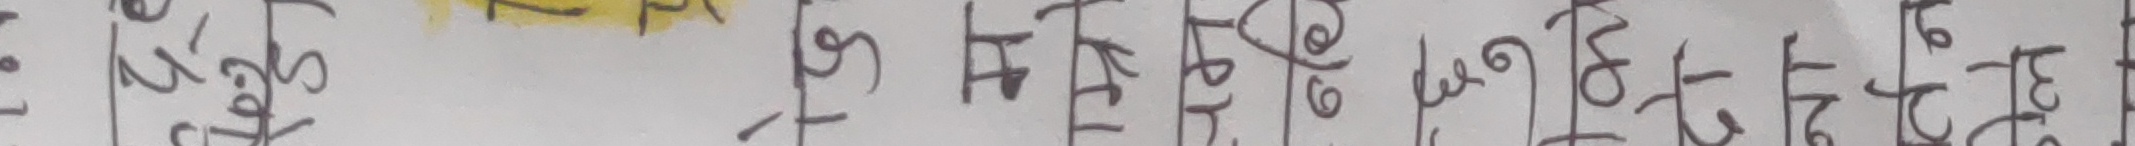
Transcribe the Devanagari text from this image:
१७ माघदेखि